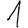
Digit: 1